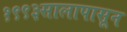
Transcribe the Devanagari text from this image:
१९९३सालापासून